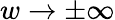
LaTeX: w\rightarrow\pm\infty